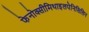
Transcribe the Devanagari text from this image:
फेनोक्सीमिथाइलपेनिसिलिन